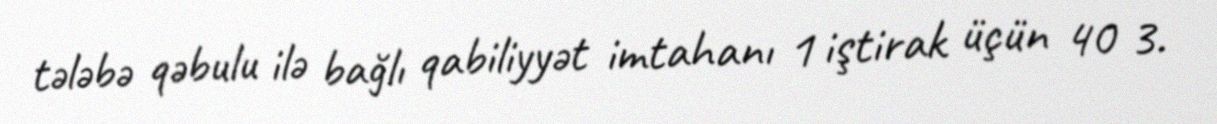
tələbə qəbulu ilə bağlı qabiliyyət imtahanı 1 iştirak üçün 40 3.